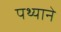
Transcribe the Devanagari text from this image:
पथ्याने